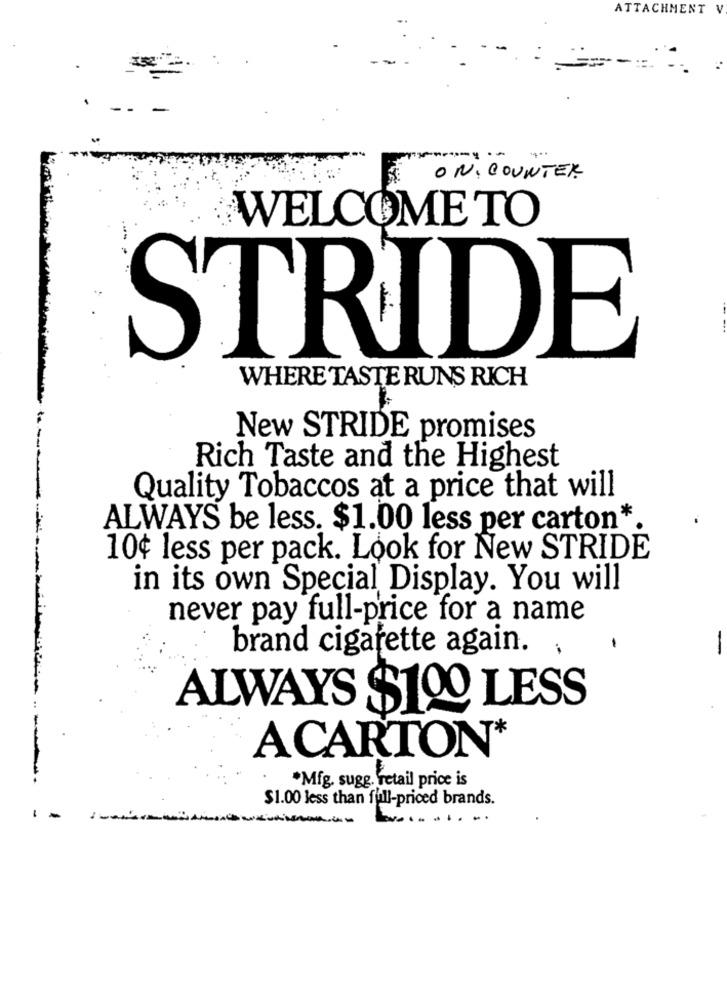
ATTACHMENT V
- -
-
----
ON, COUNTER
WELCOME TO
STRIDE
WHERE TASTE RUNS RICH
New STRIDE promises
Rich Taste and the Highest
Quality Tobaccos at a price that will
ALWAYS be less. $1.00 less per carton*
10¢ less per pack. Look for New STRIDE
in its own Special Display. You will
never pay full-price for a name
brand cigarette again.
ALWAYS $100 LESS
ACARTON*
*Mfg. sugg. retail price is
$1.00 less than full-priced brands.
1 .
..